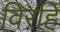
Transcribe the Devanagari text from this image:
विरहि